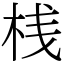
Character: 桟